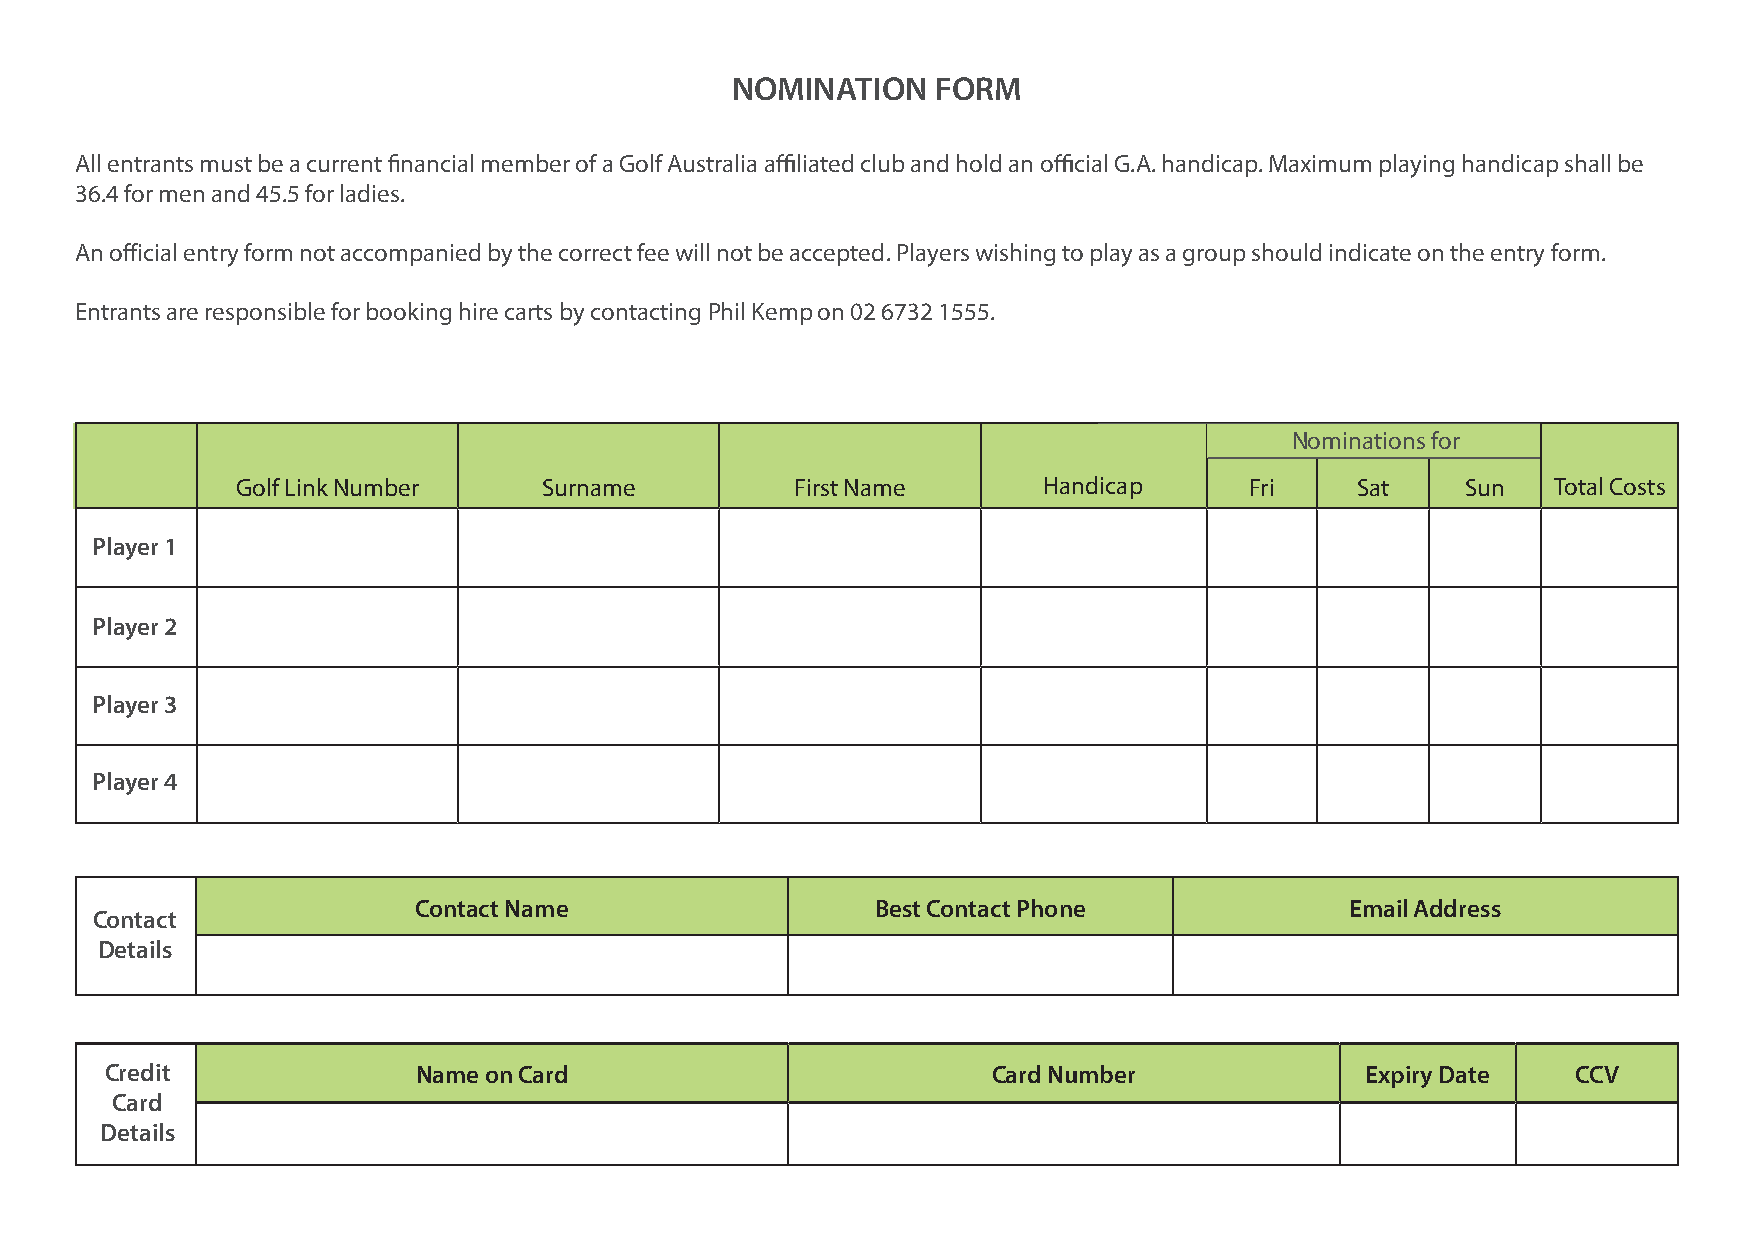
NOMINATION    FORM
 All entrants must be a current financial member of a Golf Australia affiliated club and hold an official G.A. handicap. Maximum playing handicap shall be
 36.4 for men and 45.5 for ladies.
 An official entry form not accompanied by the correct fee will not be accepted. Players wishing to play as a group should indicate on the entry form.
 Entrants are responsible for booking hire carts by contacting Phil Kemp on 02 6732 1555.
 Nominations for
 Golf Link Number    Surname          First Name      Handicap      Fri    Sat    Sun   Total Costs
 Player 1
 Player 2
 Player 3
 Player 4
 Contact Name                   Best Contact Phone             Email Address
 Contact
 Details
 Credit               Name on Card                          Card Number             Expiry Date   CCV
 Card
 Details